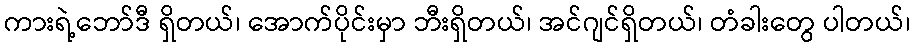
ကားရဲ့ဘော်ဒီ ရှိတယ်၊ အောက်ပိုင်းမှာ ဘီးရှိတယ်၊ အင်ဂျင်ရှိတယ်၊ တံခါးတွေ ပါတယ်၊